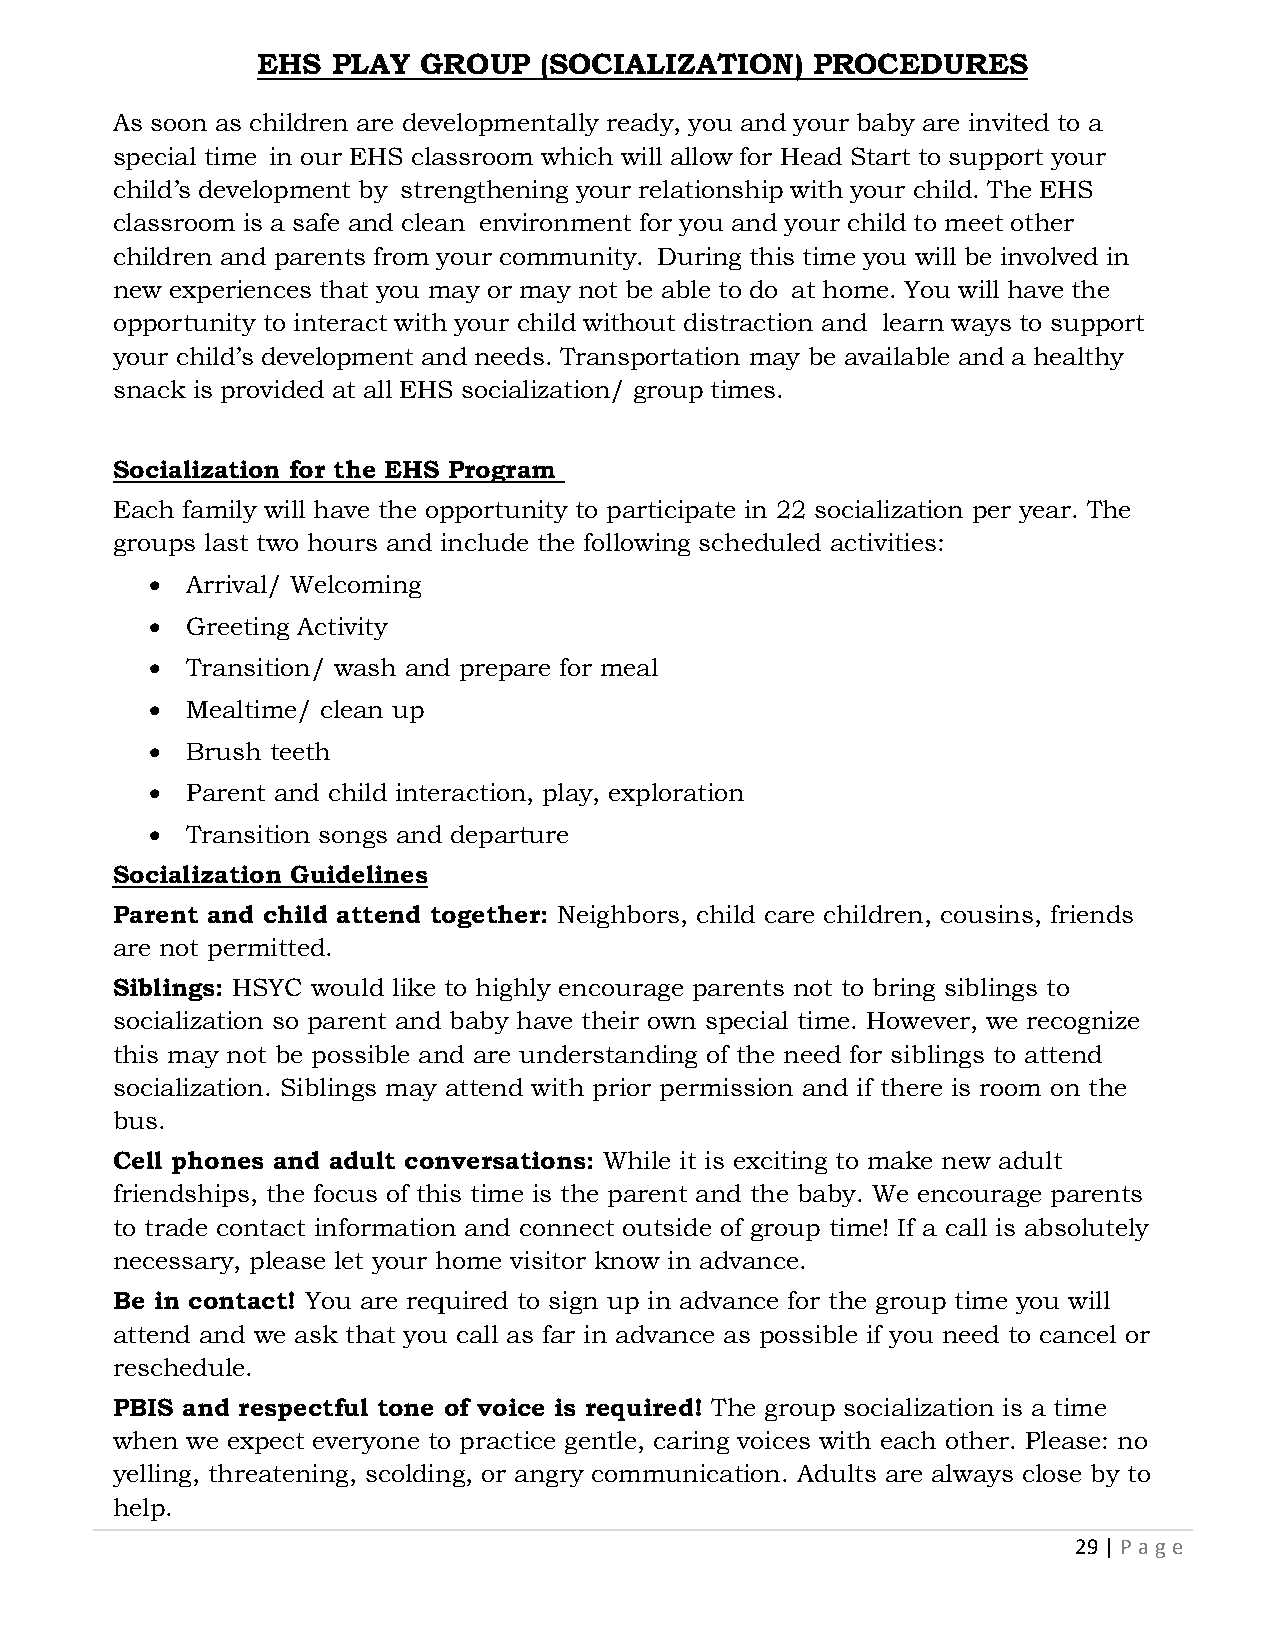
EHS  PLAY  GROUP   (SOCIALIZATION)   PROCEDURES
 As soon as children are developmentally ready, you and your baby are invited to a
 special time in our EHS classroom which will allow for Head Start to support your
 child’s development by strengthening your relationship with your child. The EHS
 classroom is a safe and clean environment for you and your child to meet other
 children and parents from your community. During this time you will be involved in
 new experiences that you may or may not be able to do at home. You will have the
 opportunity to interact with your child without distraction and learn ways to support
 your child’s development and needs. Transportation may be available and a healthy
 snack is provided at all EHS socialization/ group times.
 Socialization for the EHS Program
 Each family will have the opportunity to participate in 22 socialization per year. The
 groups last two hours and include the following scheduled activities:
 • Arrival/ Welcoming
 • Greeting Activity
 • Transition/ wash and prepare for meal
 • Mealtime/ clean up
 • Brush teeth
 • Parent and child interaction, play, exploration
 • Transition songs and departure
 Socialization Guidelines
 Parent and child attend together: Neighbors, child care children, cousins, friends
 are not permitted.
 Siblings: HSYC would like to highly encourage parents not to bring siblings to
 socialization so parent and baby have their own special time. However, we recognize
 this may not be possible and are understanding of the need for siblings to attend
 socialization. Siblings may attend with prior permission and if there is room on the
 bus.
 Cell phones and adult conversations: While it is exciting to make new adult
 friendships, the focus of this time is the parent and the baby. We encourage parents
 to trade contact information and connect outside of group time! If a call is absolutely
 necessary, please let your home visitor know in advance.
 Be in contact! You are required to sign up in advance for the group time you will
 attend and we ask that you call as far in advance as possible if you need to cancel or
 reschedule.
 PBIS and respectful tone of voice is required! The group socialization is a time
 when we expect everyone to practice gentle, caring voices with each other. Please: no
 yelling, threatening, scolding, or angry communication. Adults are always close by to
 help.
 29 | P age